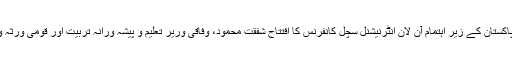
ر) اکادمی ادبیات پاکستان کے زیر اہتمام آن لان انٹرنیشنل سچل کانفرنس کا افتتاح شفقت محمود، وفاقی وریر تعلیم و پیشہ ورانہ تربیت اور قومی ورثہ و ثقافت کریں گے۔